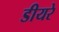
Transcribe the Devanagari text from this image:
डीयरे